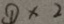
\textcircled { 1 } \times 2